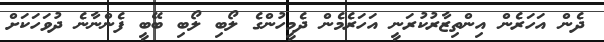
ދެން އަހަރެން އިންތިޒާރުކުރަނީ އަހަރެމެން ދެމީހުންގެ ލޯބި ލޯބި ބޭބީ ފެންނާނެ ދުވަހަކަށް